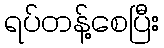
ရပ်တန့်စေပြီး